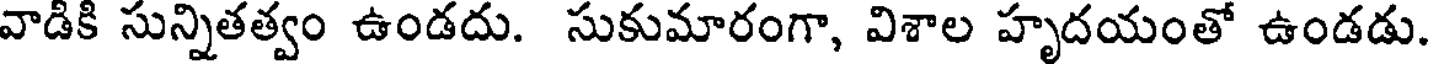
వాడికి సున్నితత్వం ఉండదు. సుకుమారంగా, విశాల హృదయంతో ఉండడు.